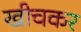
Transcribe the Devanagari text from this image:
खीचकर